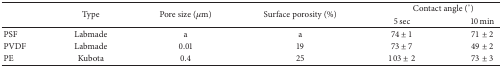
<table><thead><tr><td rowspan="2"></td><td rowspan="2"><b>Type</b></td><td rowspan="2"><b>Pore size (<i>μ</i>m)</b></td><td rowspan="2"><b>Surface porosity (%)</b></td><td colspan="2"><b>Contact angle (°)</b></td></tr><tr><td><b>5 sec</b></td><td><b>10 min</b></td></tr></thead><tbody><tr><td>PSF</td><td>Labmade</td><td>a</td><td>a</td><td>74 ± 1</td><td>71 ± 2</td></tr><tr><td>PVDF</td><td>Labmade</td><td>0.01</td><td>19 </td><td>73 ± 7</td><td>49 ± 2</td></tr><tr><td>PE</td><td>Kubota</td><td>0.4</td><td>25 </td><td>103 ± 2</td><td>73 ± 3</td></tr></tbody></table>